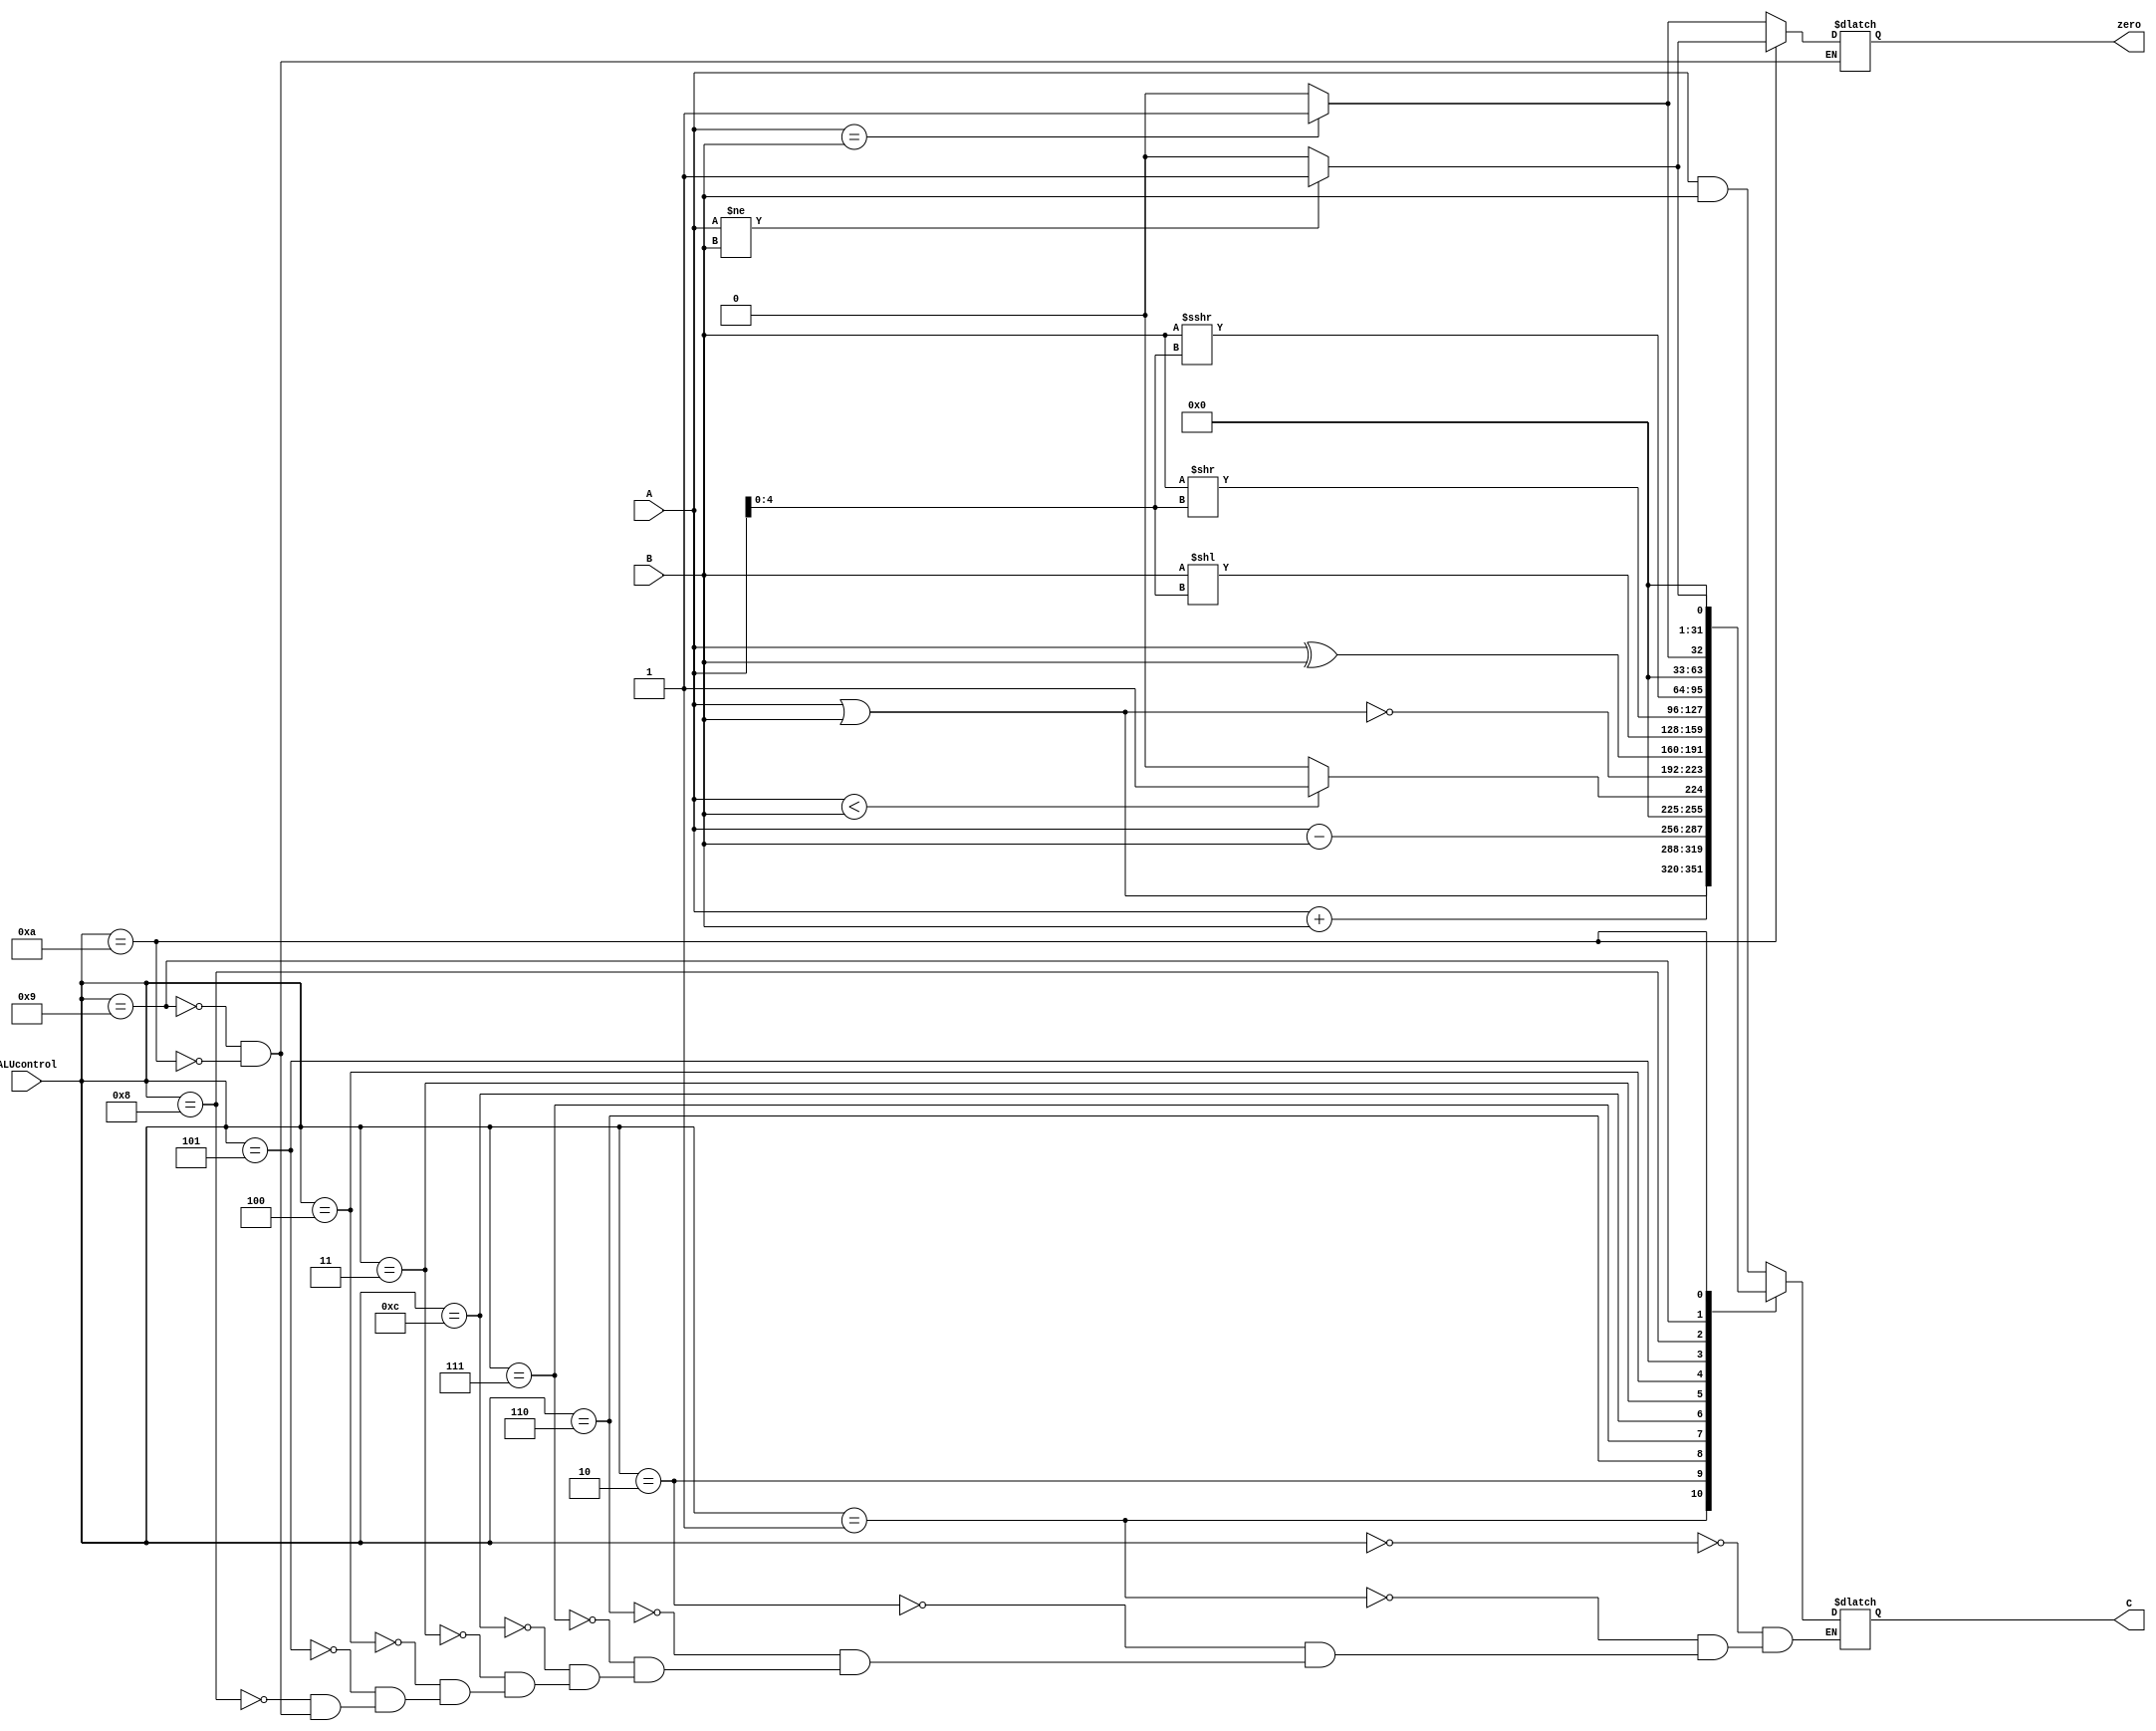
`timescale 100fs/100fs

module ALU(A,B,ALUcontrol,zero,C);

input signed[31:0] A,B;
input [3:0] ALUcontrol;
output reg zero;
output reg signed[31:0] C;

initial begin
  zero = 0;
  C = 0;
end

always @(*) begin
  case (ALUcontrol)
        4'b0000: // and 
        begin
            C=A&B;
        end
        4'b0001: // or 
        begin
            C=A|B;
        end
        4'b0010: // add
        begin
            C=A+B;
        end
        4'b0110: // sub 
        begin
            C=A-B;
        end
        4'b0111: // slt
        begin
            C= A < B ? 32'h0000_0001 : 32'h0000_0000;
        end
        4'b1100: // nor
        begin
            C=~(A | B);
        end
        4'b0011: // xor 
        begin
            C=A^B;
        end
        4'b0100: // sll or sllv
        begin
            C=B<<A[4:0];
        end
        4'b0101: // srl or srlv
        begin
            C=B>>A[4:0];
        end
        4'b1000: // sra or srav
        begin
            C=B>>>A[4:0];
        end
        4'b1001: // beq
        begin
            C= A == B ? 32'h0000_0001 : 32'h0000_0000;
            zero = A == B ? 1 : 0;
        end
        4'b1010: // bne
        begin
            C= A != B ? 32'h0000_0001 : 32'h0000_0000;
            zero = A != B ? 1 : 0;
        end
  endcase
end
endmodule